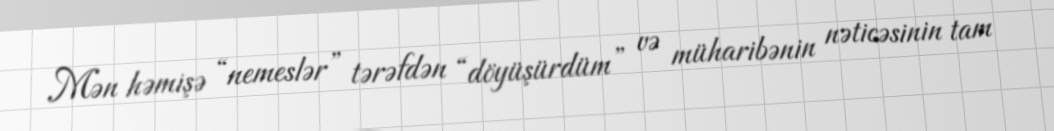
Mən həmişə “nemeslər” tərəfdən “döyüşürdüm” və müharibənin nəticəsinin tam